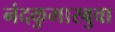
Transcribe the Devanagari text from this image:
नंदकुमारबुवा